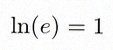
\ln(e)=1